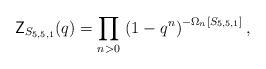
LaTeX: \begin{align*}\mathsf Z_{S_{5,5,1}}(q) = \prod_{n>0}\, \left(1-q^n\right)^{-\Omega_n[S_{5,5,1}]},\end{align*}